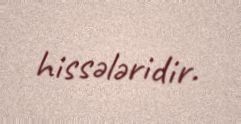
hissələridir.